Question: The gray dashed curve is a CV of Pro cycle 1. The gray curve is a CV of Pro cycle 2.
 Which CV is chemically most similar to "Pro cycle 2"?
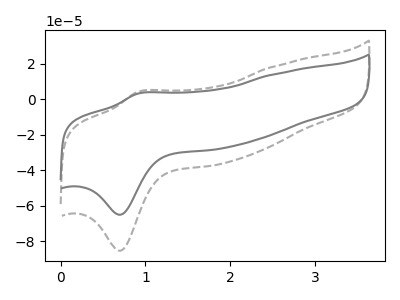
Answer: <think>The gray dashed curve "Pro cycle 1" has an anodic peak at (0.90V, 4.30uA) and a cathodic peak at (0.70V, -85.50uA). The gray curve "Pro cycle 2" has an anodic peak at (0.90V, 3.25uA) and a cathodic peak at (0.70V, -65.15uA).
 All the peaks in "Pro cycle 1" have a peak in "Pro cycle 2" at the same potential. Every peak in "Pro cycle 1" is higher than every peak in "Pro cycle 2".</think>
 <answer>The CV with the most similar shape to "Pro cycle 1" is "Pro cycle 2".</answer>
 <eval>"Pro cycle 2"</eval>